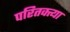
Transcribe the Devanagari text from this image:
परितक्त्या